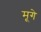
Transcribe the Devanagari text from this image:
मूगे